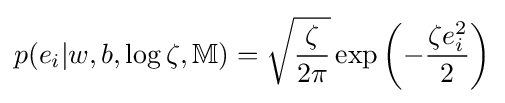
p(e_{i}|w,b,\log \zeta ,\mathbb {M} )={\sqrt {\frac {\zeta }{2\pi }}}\exp \left({-{\frac {\zeta e_{i}^{2}}{2}}}\right)